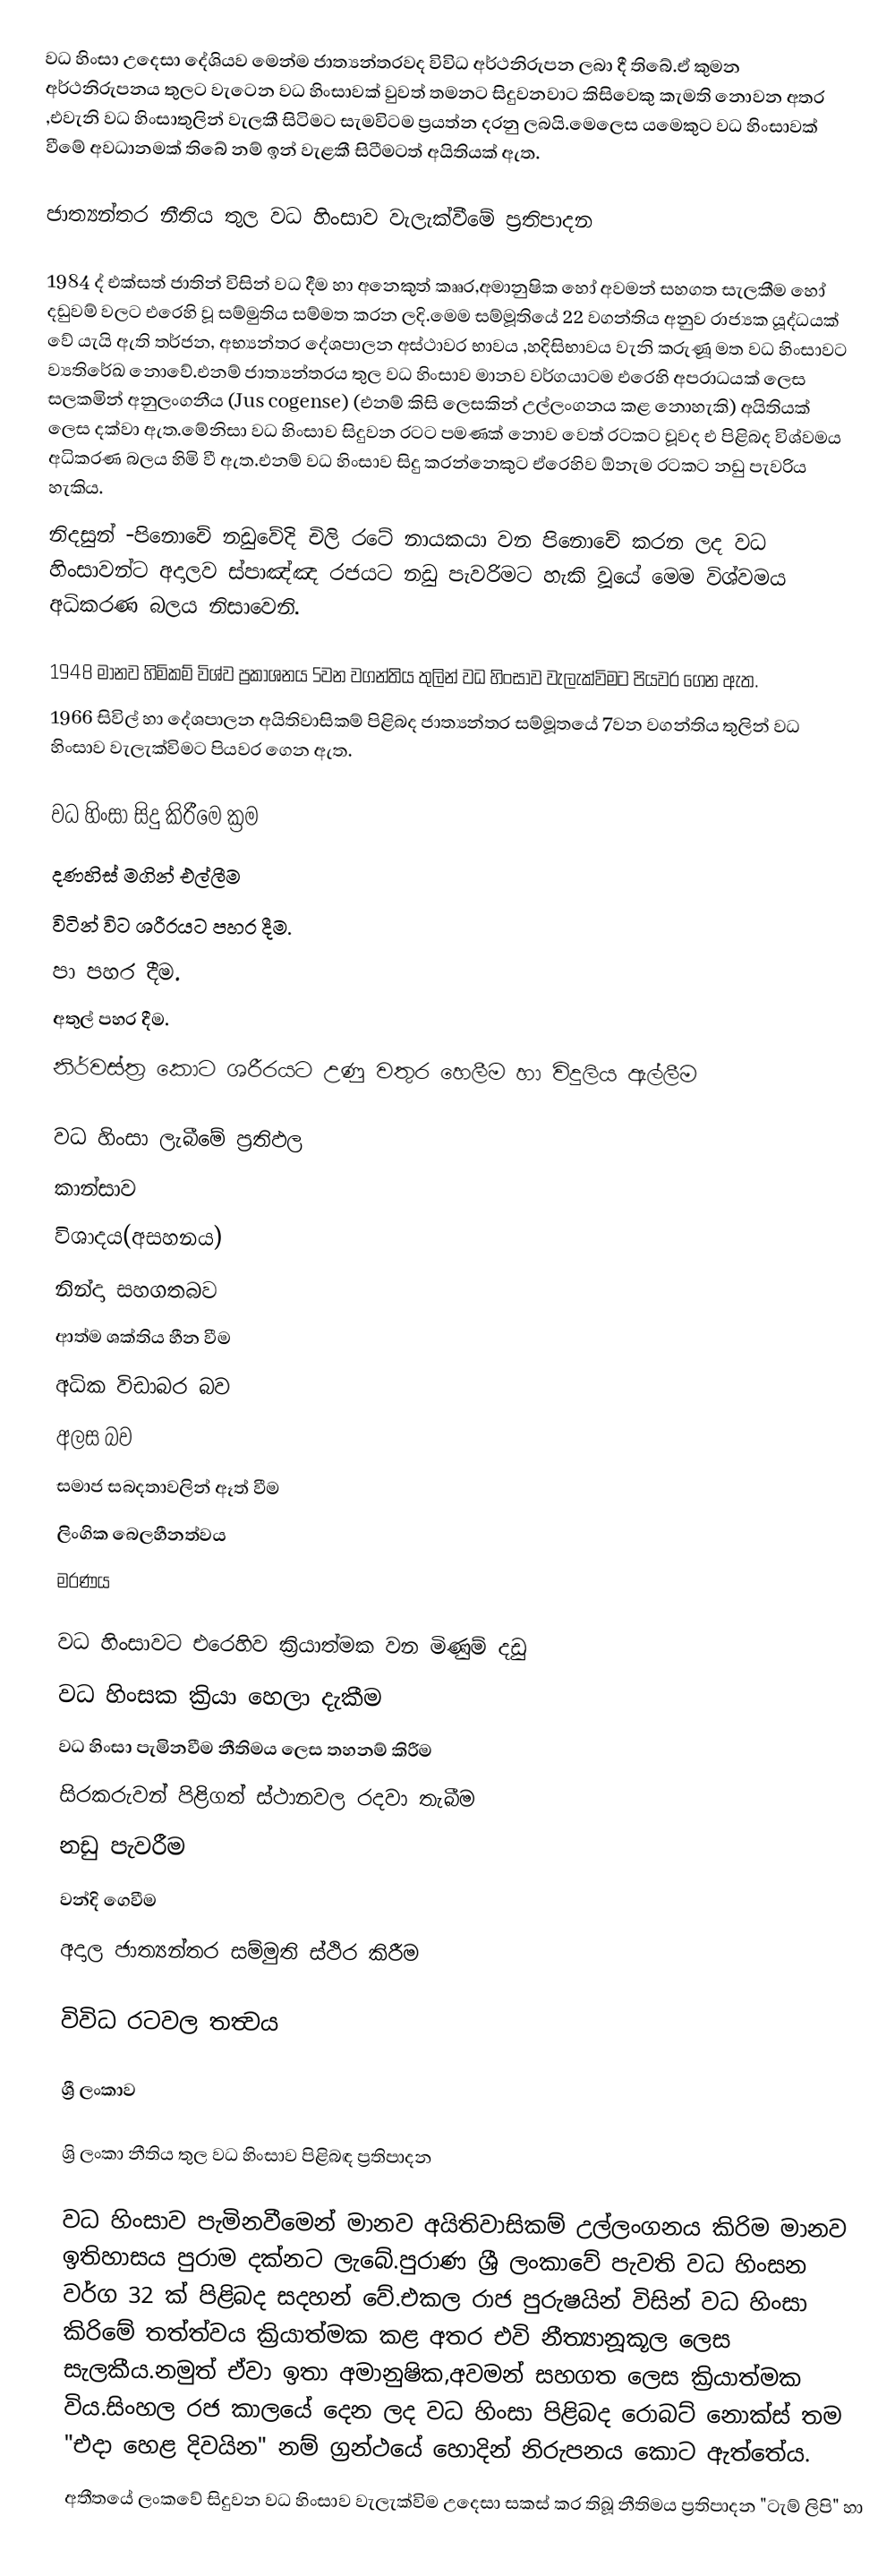
වධ හිංසා උදෙසා දේශියව මෙන්ම ජාත්‍යන්තරවද විවිධ අර්ථනිරුපන ලබා දී තිබේ.ඒ කුමන අර්ථනිරුපනය තුලට වැටෙන වධ හිංසාවක් වුවත් තමනට සිදුවනවාට කිසිවෙකු කැමති නොවන අතර ,එවැනි වධ හිංසාතුලින් වැලකී සිටිමට සැමවිටම ප්‍රයත්න දරනු ලබයි.මෙලෙස යමෙකුට වධ හිංසාවක් වීමේ අවධානමක් තිබේ නම් ඉන් වැළකී සිටීමටත් අයිතියක් ඇත.

ජාත්‍යන්තර නීතිය තුල වධ හිංසාව වැලැක්වීමේ ප්‍රතිපාදන

1984 ද් එක්සත් ජාතින් විසින් වධ දීම හා අනෙකුත් කෲර,අමානුෂික හෝ අවමන් සහගත සැලකීම හෝ දඩුවම් වලට එරෙහි වූ සම්මුතිය සම්මත කරන ලදි.මෙම සම්මූතියේ 22 වගන්තිය අනුව රාජ්‍යක යූද්ධයක් වේ යැයි ඇති තර්ජන, අභ්‍යන්තර දේශපාලන අස්ථාවර භාවය ,හදිසිභාවය වැනි කරුණූ මත වධ හිංසාවට ව්‍යතිරේඛ නොවේ.එනම් ජාත්‍යන්තරය තුල වධ හිංසාව මානව වර්ගයාටම එරෙහි අපරාධයක් ලෙස සලකමින් අනුලංගනීය (Jus cogense)  (එනම් කිසි ලෙසකින් උල්ලංගනය කළ නොහැකි) අයිතියක් ලෙස දක්වා ඇත.මේනිසා වධ හිංසාව සිදුවන රටට පමණක් නොව වෙත් රටකට වූවද එ පිළිබද විශ්වමය අධිකරණ බලය හිමි වී ඇත.එනම් වධ හිංසාව සිදු කරන්නෙකුට ඒරෙහිව ඕනැම රටකට නඩු පැවරිය හැකිය.
නිදසුන් -පිනොචේ නඩුවේදි චිලි රටේ නායකයා වන පිනොචේ කරන ලද වධ හිංසාවන්ට අදාලව ස්පාඤ්ඤ රජයට නඩු පැවරිමට හැකි වූයේ මෙම විශ්වමය අධිකරණ බලය නිසාවෙනි.

1948 මානව හිමිකම් විශ්ව ප්‍රකාශනය 5වන වගන්තිය තුලින් වධ හිංසාව වැලැක්විමට පියවර ගෙන ඇත.
1966 සිවිල් හා දේශපාලන අයිතිවාසිකම් පිළිබද ජාත්‍යන්තර සම්මූතයේ 7වන වගන්තිය තුලින් වධ හිංසාව වැලැක්විමට පියවර ගෙන ඇත.

වධ හිංසා සිදු කිරීමෙ ක්‍රම
දණහිස් මගින් එල්ලීම
විටින් විට ශරීරයට පහර දීම.
පා පහර දීම.
අතුල් පහර දීම.
නිර්වස්ත්‍ර කොට ශරීරයට උණු වතුර හෙලීම හා විදුලිය ඇල්ලීම

වධ හිංසා ලැබීමේ ප්‍රතිඵල
කාන්සාව
විශාදය(අසහනය)
නින්දා සහගතබව
ආත්ම ශක්තිය හීන වීම
අධික විඩාබර බව
අලස බව
සමාජ සබදතාවලින් ඈත් වීම
ලිංගික බෙලහීනත්වය
මරණය

වධ හිංසාවට එරෙහිව ක්‍රියාත්මක වන මිණුම් දඩු
වධ හිංසක ක්‍රියා හෙලා දැකීම
වධ හිංසා පැමිනවීම නීතිමය ලෙස තහනම් කිරීම
සිරකරුවන් පිළිගත් ස්ථානවල රදවා තැබීම
නඩු පැවරීම
වන්දි ගෙවීම
අදාල ජාත්‍යන්තර සම්මුති ස්ථිර කිරීම

විවිධ රටවල තත්‍වය

ශ්‍රී ලංකාව

ශ්‍රි ලංකා නීතිය තුල වධ හිංසාව පිළිබඳ ප්‍රතිපාදන

වධ හිංසාව පැමිනවීමෙන් මානව අයිතිවාසිකම් උල්ලංගනය කිරිම මානව ඉතිහාසය පුරාම දක්නට ලැබේ.පුරාණ ශ්‍රී ලංකාවේ පැවති වධ හිංසන වර්ග 32 ක් පිළිබද සදහන් වේ.එකල රාජ පුරුෂයින් විසින් වධ හිංසා කිරි‍මේ තත්ත්වය ක්‍රියාත්මක කළ අතර එවි නීත්‍යානූකූල ලෙස සැලකීය.නමුත් ඒවා ඉතා අමානුෂික,අවමන් සහගත ලෙස ක්‍රියාත්මක විය.සිංහල රජ කාලයේ දෙන ලද වධ හිංසා පිළිබද රොබට් නොක්ස් තම "එදා හෙළ දිවයින" නම් ග්‍රන්ථයේ හොදින් නිරුපනය කොට ඇත්තේය.
අතීතයේ ලංකවේ සිදුවන වධ හිංසාව වැලැක්විම උදෙසා සකස් කර තිබූ නීතිමය ප්‍රතිපාදන "ටැම් ලිපි" හා